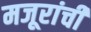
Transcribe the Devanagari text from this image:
मजूरांची